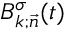
B _ { k ; \vec { n } } ^ { \sigma } ( t )